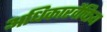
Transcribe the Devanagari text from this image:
अधिकारवैचित्र्य